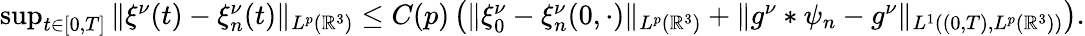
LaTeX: \begin{array}{r}{\operatorname*{sup}_{t\in[0,T]}\| \xi^{\nu}(t)-\xi_{n}^{\nu}(t)\| _{L^{p}(\mathbb{R}^{3})}\leq C(p)\left(\| \xi_{0}^{\nu}-\xi_{n}^{\nu}(0,\cdot)\| _{L^{p}(\mathbb{R}^{3})}+\| g^{\nu}\ast\psi_{n}-g^{\nu}\| _{L^{1}((0,T),L^{p}(\mathbb{R}^{3}))}\right).}\end{array}